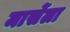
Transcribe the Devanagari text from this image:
मार्सेला